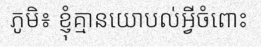
ភូមិ៖ ខ្ញុំគ្មានយោបល់អ្វីចំពោះ